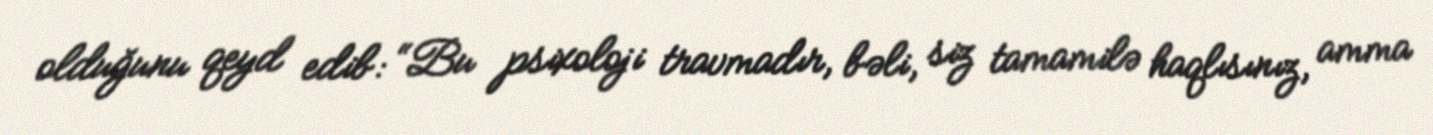
olduğunu qeyd edib: “Bu psixoloji travmadır, bəli, siz tamamilə haqlısınız, amma